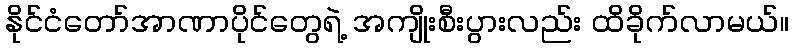
နိုင်ငံတော်အာဏာပိုင်တွေရဲ့ အကျိုးစီးပွားလည်း ထိခိုက်လာမယ်။